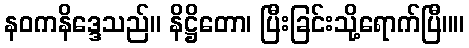
နဝကနိဒ္ဒေသည်။ နိဋ္ဌိတော၊ ပြီးခြင်းသို့ရောက်ပြီ။။